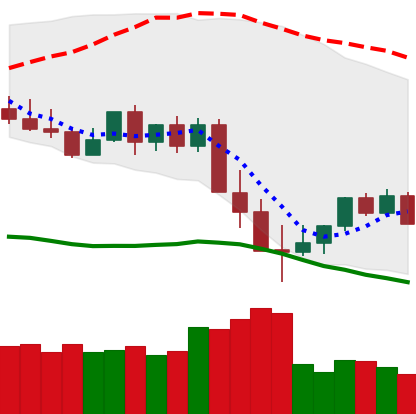
Ticker: XMR-USD
Chart end date: 2022-05-18
Forward return: 19.221%
Label: up_7plus